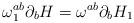
LaTeX: \begin{align*}\omega_1^{ab}\partial_b H = \omega^{ab}\partial_b H_1\end{align*}